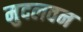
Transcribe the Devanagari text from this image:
मुदलवन